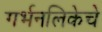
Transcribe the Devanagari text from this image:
गर्भनलिकेचे